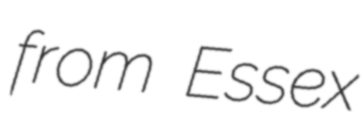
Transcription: from Essex